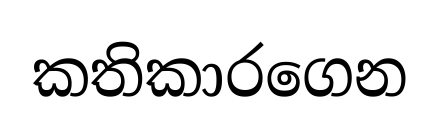
කතිකාරගෙන